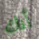
أنك